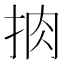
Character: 𢫭